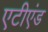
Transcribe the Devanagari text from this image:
एटीएंड